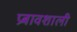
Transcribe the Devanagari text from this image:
प्रबावशाली